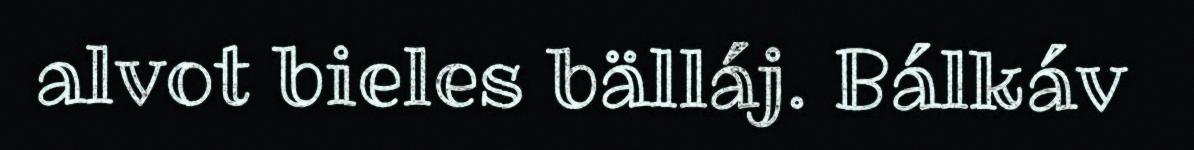
alvot bieles bälláj. Bálkáv